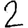
Digit: 2